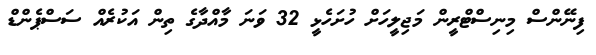
ފިނޭންސް މިނިސްްޓްރީން މަޖިލީހަށް ހުށަހެޅީ 32 ވަނަ މާއްދާގެ ތިން އަކުރެއް ސަސްޕެންޑް